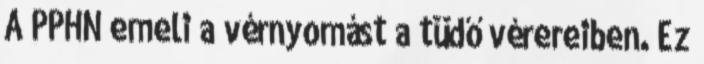
A PPHN emeli a vérnyomást a tüdő vérereiben. Ez